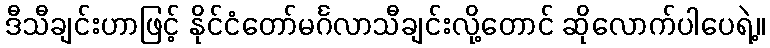
ဒီသီချင်းဟာဖြင့် နိုင်ငံတော်မင်္ဂလာသီချင်းလို့တောင် ဆိုလောက်ပါပေရဲ့။